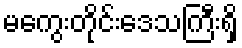
မကွေးတိုင်းဒေသကြီးရှိ